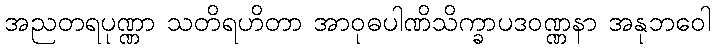
အညတရပုဏ္ဏာ သတိရဟိတာ အာဝုဓပါဏိသိက္ခာပဒဝဏ္ဏနာ အနုဘဝေါ